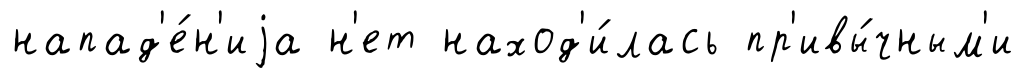
напад'е́н'иjа н'ет наход'и́лась пр'ивы́чным'и